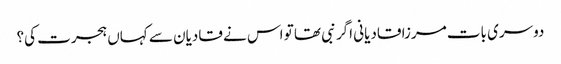
دوسری بات مرزا قادیانی اگر نبی تھا تو اس نے قادیان سے کہاں ہجرت کی؟